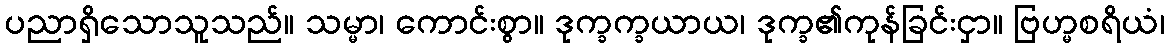
ပညာရှိသောသူသည်။ သမ္မာ၊ ကောင်းစွာ။ ဒုက္ခက္ခယာယ၊ ဒုက္ခ၏ကုန်ခြင်းငှာ။ ဗြဟ္မစရိယံ၊